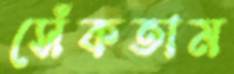
সেঁকতাম